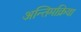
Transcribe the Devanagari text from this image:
अन्तिमक्रिया